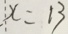
x = 1 3